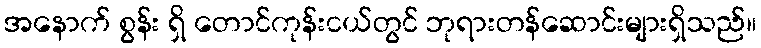
အနောက် စွန်း ရှိ တောင်ကုန်းငယ်တွင် ဘုရားတန်ဆောင်းများရှိသည်။